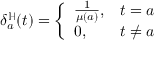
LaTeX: \delta _ { a } ^ { \mathbb { H } } ( t ) = { \left\{ \begin{array} { l l } { { \frac { 1 } { \mu ( a ) } } , } & { t = a } \\ { 0 , } & { t \neq a } \end{array} \right. }